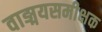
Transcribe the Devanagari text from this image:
वाङ्मयसमीक्षक